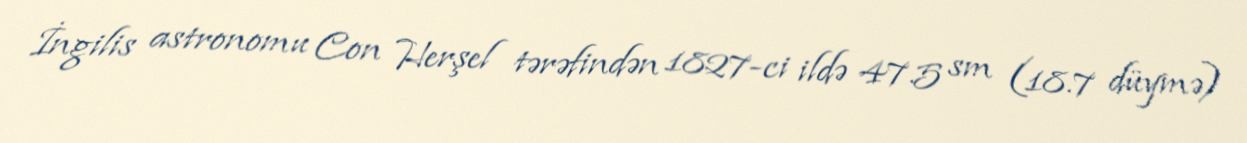
İngilis astronomu Con Herşel tərəfindən 1827-ci ildə 47.5 sm (18.7 düymə)